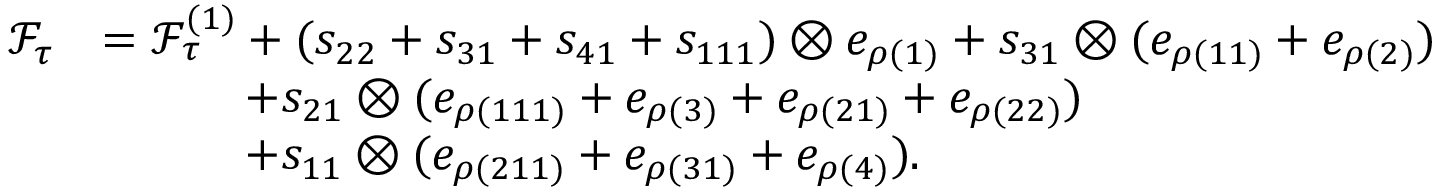
\begin{array} { r l } { \mathcal { F } _ { \tau } } & { = \mathcal { F } _ { \tau } ^ { ( 1 ) } + ( s _ { 2 2 } + s _ { 3 1 } + s _ { 4 1 } + s _ { 1 1 1 } ) \otimes e _ { \rho ( { 1 } ) } + s _ { 3 1 } \otimes ( e _ { \rho ( { 1 1 } ) } + e _ { \rho ( { 2 } ) } ) } \\ & { \qquad \quad + s _ { 2 1 } \otimes ( e _ { \rho ( { 1 1 1 } ) } + e _ { \rho ( { 3 } ) } + e _ { \rho ( { 2 1 } ) } + e _ { \rho ( { 2 2 } ) } ) } \\ & { \qquad \quad + s _ { 1 1 } \otimes ( e _ { \rho ( { 2 1 1 } ) } + e _ { \rho ( { 3 1 } ) } + e _ { \rho ( { 4 } ) } ) . } \end{array}